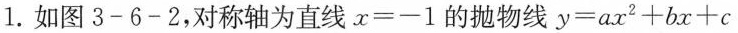
1.如图3-6-2，对称轴为直线$$x=-1$$的抛物线$$y=ax^{2}+bx+c$$